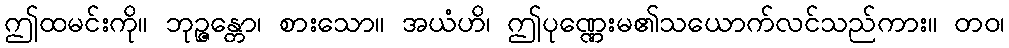
ဤထမင်းကို။ ဘုဉ္ဇန္တော၊ စားသော။ အယံဟိ၊ ဤပုဏ္ဏေးမ၏သယောက်လင်သည်ကား။ တဝ၊